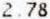
2.78